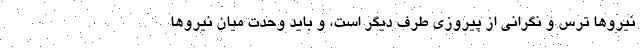
نیروها ترس و نگرانی از پیروزی طرف دیگر است، و باید وحدت میان نیروها